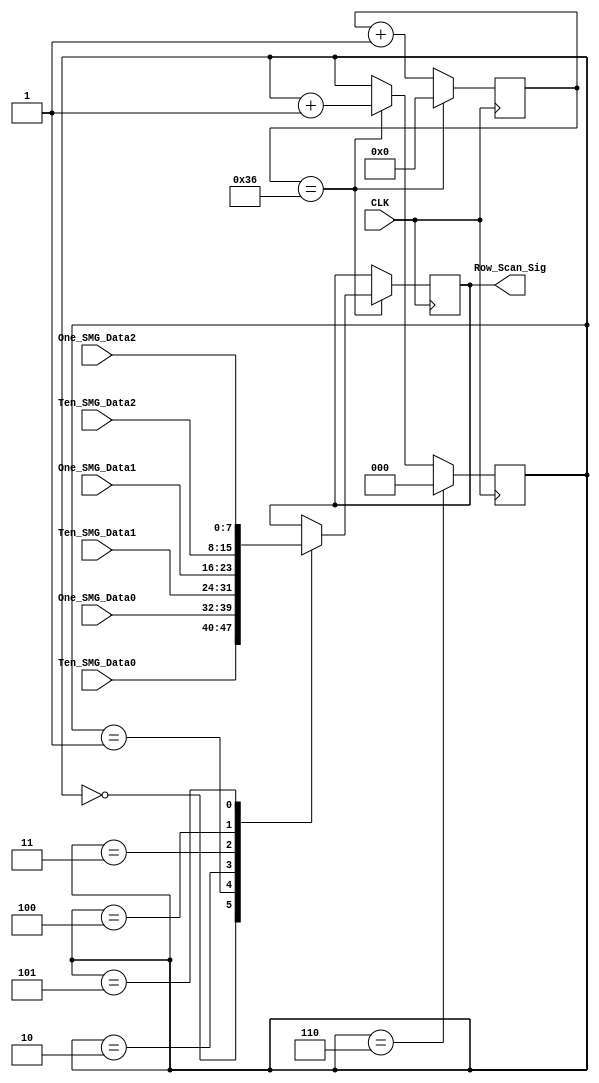
module row_scan_module (
	input CLK,
	input [7:0]Ten_SMG_Data0,
	input [7:0]One_SMG_Data0,
	input [7:0]Ten_SMG_Data1,
	input [7:0]One_SMG_Data1,
	input [7:0]Ten_SMG_Data2,
	input [7:0]One_SMG_Data2,
	output [7:0]Row_Scan_Sig
);

/*******************************/

parameter T10MS = 6'd54;//50M*0.01-1=499_999

/*******************************/

reg [5:0]Count1;

always @ ( posedge CLK )
	if( Count1 == T10MS )
		Count1 <= 6'd0;
	else
		Count1 <= Count1 + 1'b1;

/*******************************/

reg [2:0]t;

always @ ( posedge CLK )
	if( t == 3'd6 )
		t <= 3'd0;
	else if( Count1 == T10MS )
		t <= t + 1'b1;

/**********************************/

reg [7:0]rData;

always @ ( posedge CLK )
	if( Count1 == T10MS )
		case( t )
			3'd0 : rData <= Ten_SMG_Data0;
			3'd1 : rData <= One_SMG_Data0;
			3'd2 : rData <= Ten_SMG_Data1;
			3'd3 : rData <= One_SMG_Data1;
			3'd4 : rData <= Ten_SMG_Data2;
			3'd5 : rData <= One_SMG_Data2;
		endcase

/***********************************/

assign Row_Scan_Sig = rData;

/***********************************/

endmodule